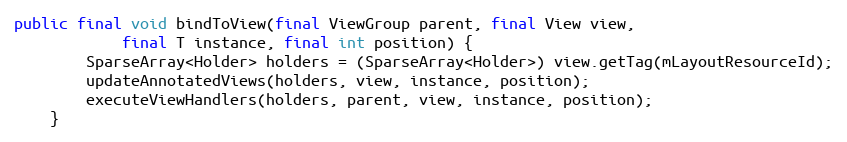
Language: Java
public final void bindToView(final ViewGroup parent, final View view,
            final T instance, final int position) {
        SparseArray<Holder> holders = (SparseArray<Holder>) view.getTag(mLayoutResourceId);
        updateAnnotatedViews(holders, view, instance, position);
        executeViewHandlers(holders, parent, view, instance, position);
    }